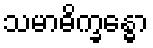
သမာဓိက္ခန္ဓော